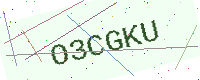
Text: O3CGKU